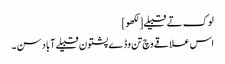
لوک تے قبیلے[لکھو]
اس علاقے وچ تن وڈے پشتون قبیلے آباد سن ۔